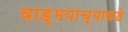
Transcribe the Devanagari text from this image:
वाड्मयाच्याकडे